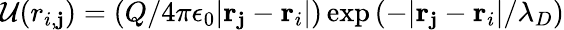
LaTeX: \mathcal{U}(r_{i,\mathbf{j}})=(Q/4\pi\epsilon_{0}|\mathbf{{r}}_{\mathbf{j}}-\mathbf{{r}}_{i}|)\exp{(-|\mathbf{{r}}_{\mathbf{j}}-\mathbf{{r}}_{i}|/\lambda_{D})}